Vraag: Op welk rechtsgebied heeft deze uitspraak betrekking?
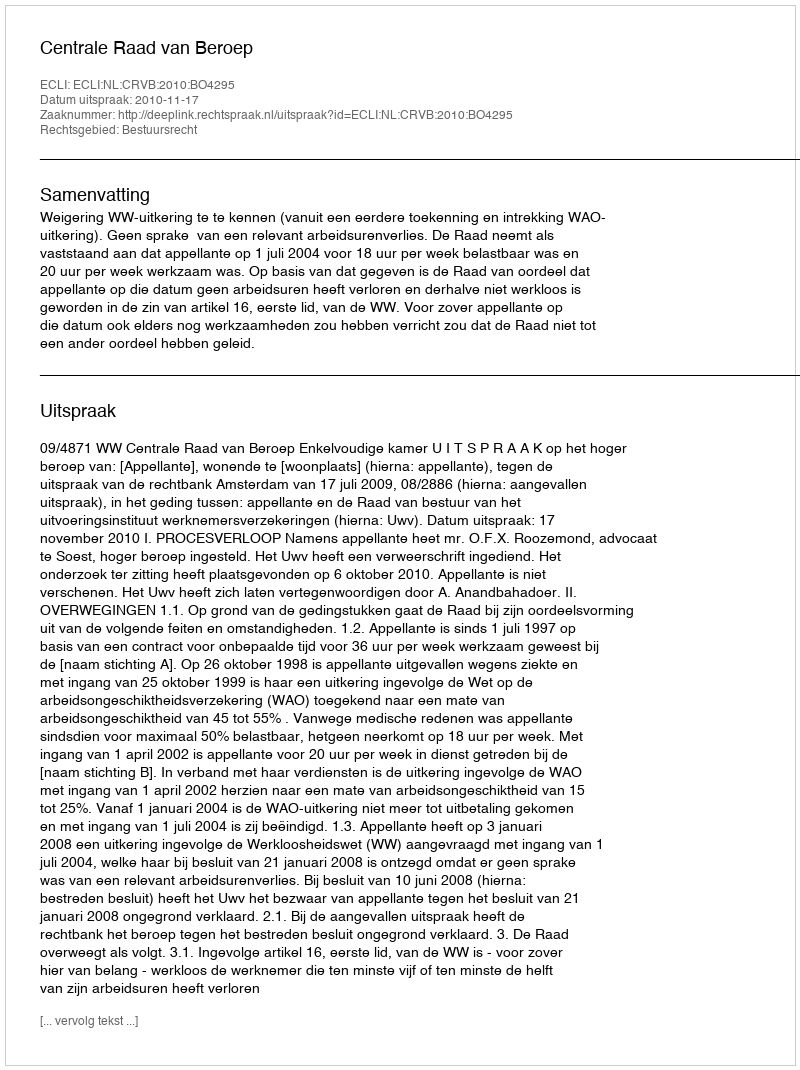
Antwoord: Bestuursrecht